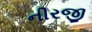
નીરજી